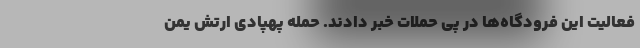
فعالیت این فرودگاه‌ها در پی حملات خبر دادند. حمله پهپادی ارتش یمن